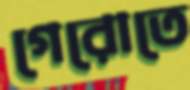
গেরোতে